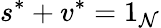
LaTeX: s^{*}+v^{*}=1_{\mathcal{N}}